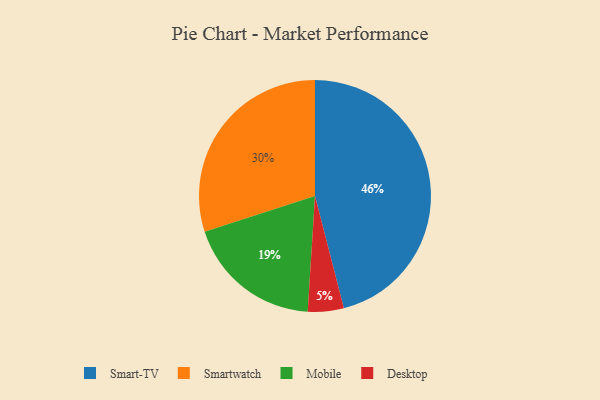
{"axis": {"x": "Category", "y": "Percentage"}, "legend": ["Desktop", "Mobile", "Smart-TV", "Smartwatch"], "data": [{"x": "Smartwatch", "y": 30, "type": "Smartwatch"}, {"x": "Smart-TV", "y": 46, "type": "Smart-TV"}, {"x": "Desktop", "y": 5, "type": "Desktop"}, {"x": "Mobile", "y": 19, "type": "Mobile"}]}